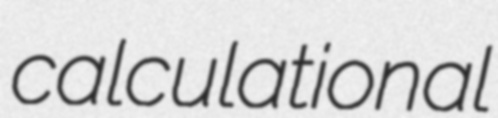
calculational